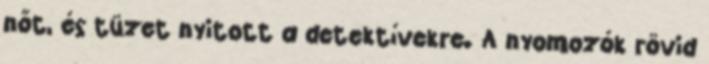
nőt, és tüzet nyitott a detektívekre. A nyomozók rövid